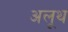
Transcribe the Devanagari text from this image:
अलूथ